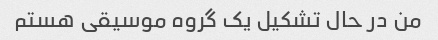
من در حال تشکیل یک گروه موسیقی هستم